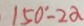
1 5 0 ^ { \circ } - 2 \alpha